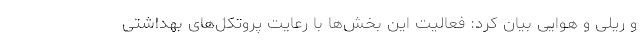
و ریلی و هوایی بیان کرد: فعالیت این بخش‌ها با رعایت پروتکل‌های بهداشتی